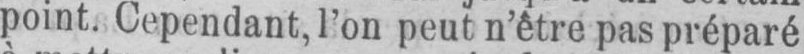
point. Cependant, l’on peut n’être pas préparé